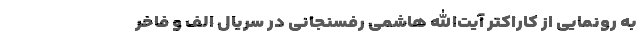
به رونمایی از کاراکتر آیت‌الله هاشمی رفسنجانی در سریال الف و فاخر